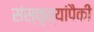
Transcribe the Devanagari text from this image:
संस्कृत्यांपैकी